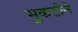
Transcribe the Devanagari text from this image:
भुकटीने